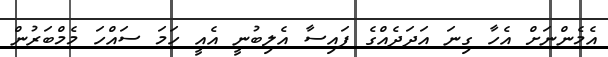
އެމެންނަށް އެހާ ގިނަ އަދަދެއްގެ ފައިސާ އެލިބުނީ އެއީ ހަމަ ސައްހަ މެމްބަރުން